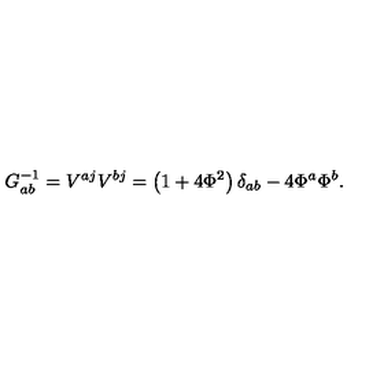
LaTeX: G _ { a b } ^ { - 1 } = V ^ { a j } V ^ { b j } = \left( 1 + 4 \Phi ^ { 2 } \right) \delta _ { a b } - 4 \Phi ^ { a } \Phi ^ { b } .